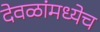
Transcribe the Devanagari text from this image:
देवळांमध्येच